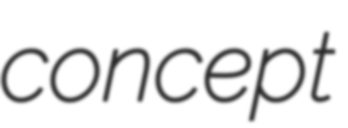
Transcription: concept